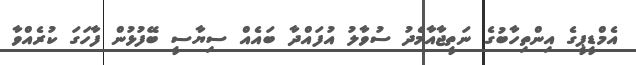
އެމްޑީޕީގެ އިންތިހާބުގެ ނަތީޖާއާމެދު ސުވާލު އުފައްދާ ބައެއް ސިޔާސީ ބޭފުޅުން ފާހަގަ ކުރެއްވާ